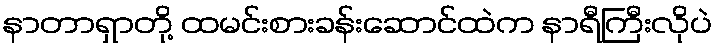
နာတာရှာတို့ ထမင်းစားခန်းဆောင်ထဲက နာရီကြီးလိုပဲ